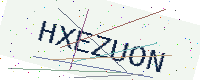
Text: HXEZUON